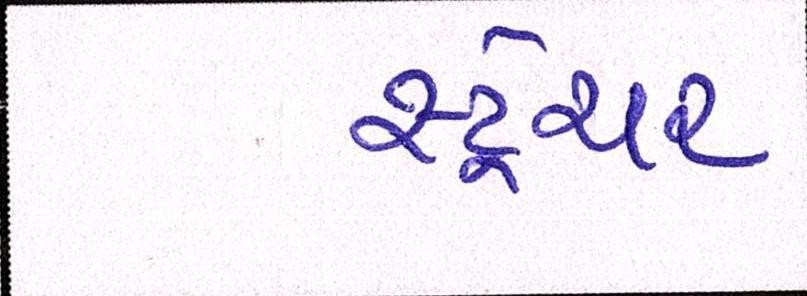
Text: સ્ટ્રેચર